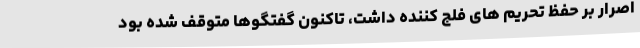
اصرار بر حفظ تحریم‌ های فلج کننده داشت، تاکنون گفتگوها متوقف شده بود